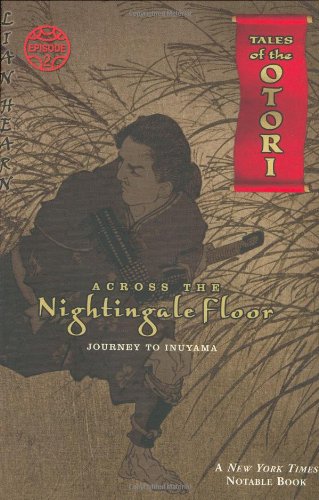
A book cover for Across The Nightingale Floor, Episode 2: Journey To Inuyama (Tales of the Otori, Book 2); Lian Hearn; Teen & Young Adult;